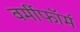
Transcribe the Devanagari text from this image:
वर्मीफॉर्म